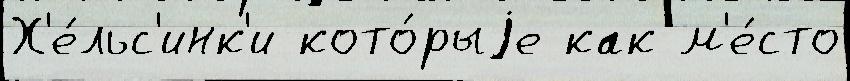
Х'е́льс'инк'и кото́рыjе как м'е́сто